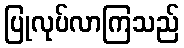
ပြုလုပ်လာကြသည်